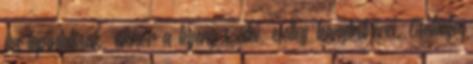
ha tapintatosak, akkor a legény szülei, esetleg leánytestvérei. Családja